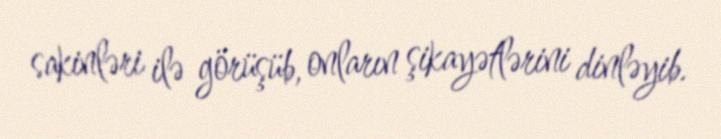
sakinləri ilə görüşüb, onların şikayətlərini dinləyib.